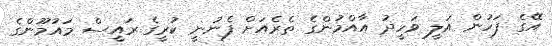
އޭގެ ފަހުން އަލީ ވަހީދު އާއްމުންގެ ތެރެއަށް ފެނުނީ ކުރީގެ ރައީސް މައުމޫންގެ